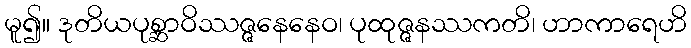
မူ၍။ ဒုတိယပုစ္ဆာဝိဿဇ္ဇနေနေဝ၊ ပုထုဇ္ဇနဿကတိ၊ ဟာကာရေဟိ